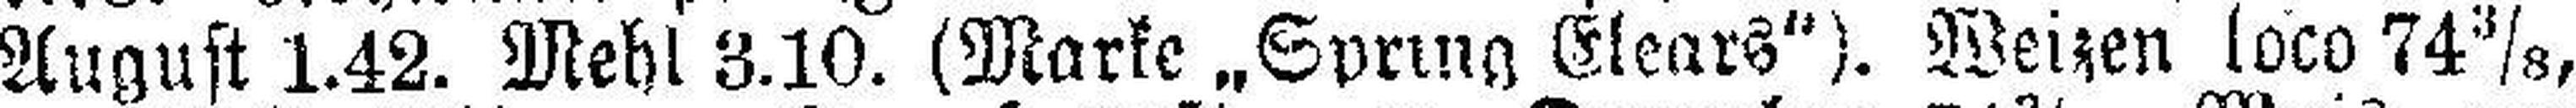
August 1.42. Mehl 3.10. (Marke „Spring Elears“). Weizen loco 74⅜,